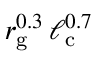
r _ { \mathrm { g } } ^ { 0 . 3 } \, \ell _ { \mathrm { c } } ^ { 0 . 7 }